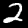
Label: 2